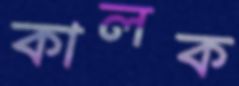
কালক